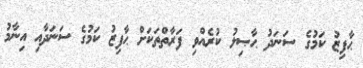
ޙާފިޒު ކަމުގެ ސަނަދު ޙާޞިލު ކުރެއްވި ފަރާތްތަކަށް ޙާފިޒު ކަމުގެ ސަނަދާއި އިނާމު